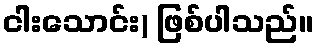
ငါးသောင်း) ဖြစ်ပါသည်။